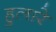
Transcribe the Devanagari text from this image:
हुलारे